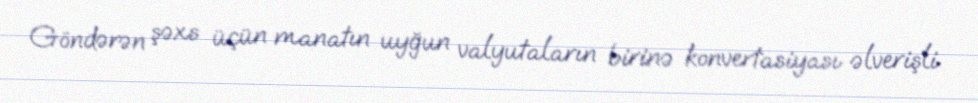
Göndərən şəxs üçün manatın uyğun valyutaların birinə konvertasiyası əlverişli